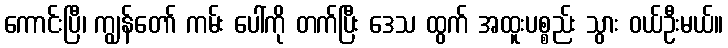
ကောင်းပြီ၊ ကျွန်တော် ကမ်း ပေါ်ကို တက်ပြီး ဒေသ ထွက် အထူးပစ္စည်း သွား ဝယ်ဦးမယ်။